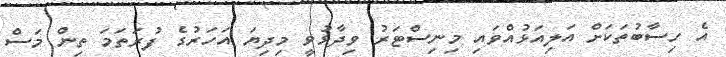
އެ ހިސާބުތަކަށް އަލިއަޅުއްވައި މިނިސްޓަރު ވިދާޅުވީ މިދިޔަ އަހަރުގެ ފުރަތަމަ ތިން މަސް